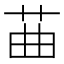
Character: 䒼